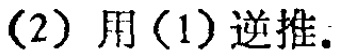
(2) 用(1)逆推.